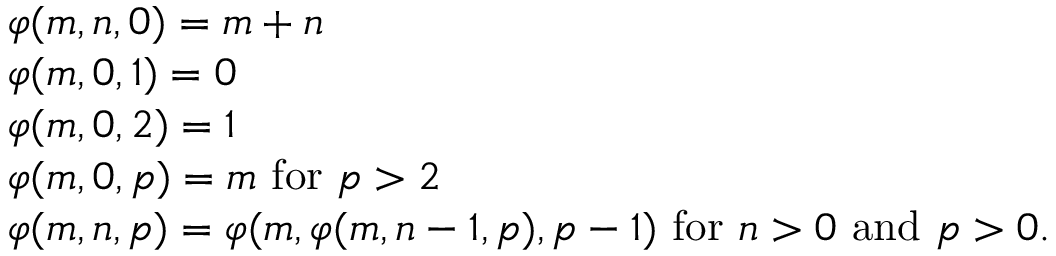
\begin{array} { l r } { \varphi ( m , n , 0 ) = m + n } \\ { \varphi ( m , 0 , 1 ) = 0 } \\ { \varphi ( m , 0 , 2 ) = 1 } \\ { \varphi ( m , 0 , p ) = m { \mathrm { ~ f o r ~ } } p > 2 } \\ { \varphi ( m , n , p ) = \varphi ( m , \varphi ( m , n - 1 , p ) , p - 1 ) { \mathrm { ~ f o r ~ } } n > 0 { \mathrm { ~ a n d ~ } } p > 0 . } \end{array}